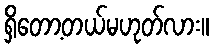
ရှိတော့တယ်မဟုတ်လား။